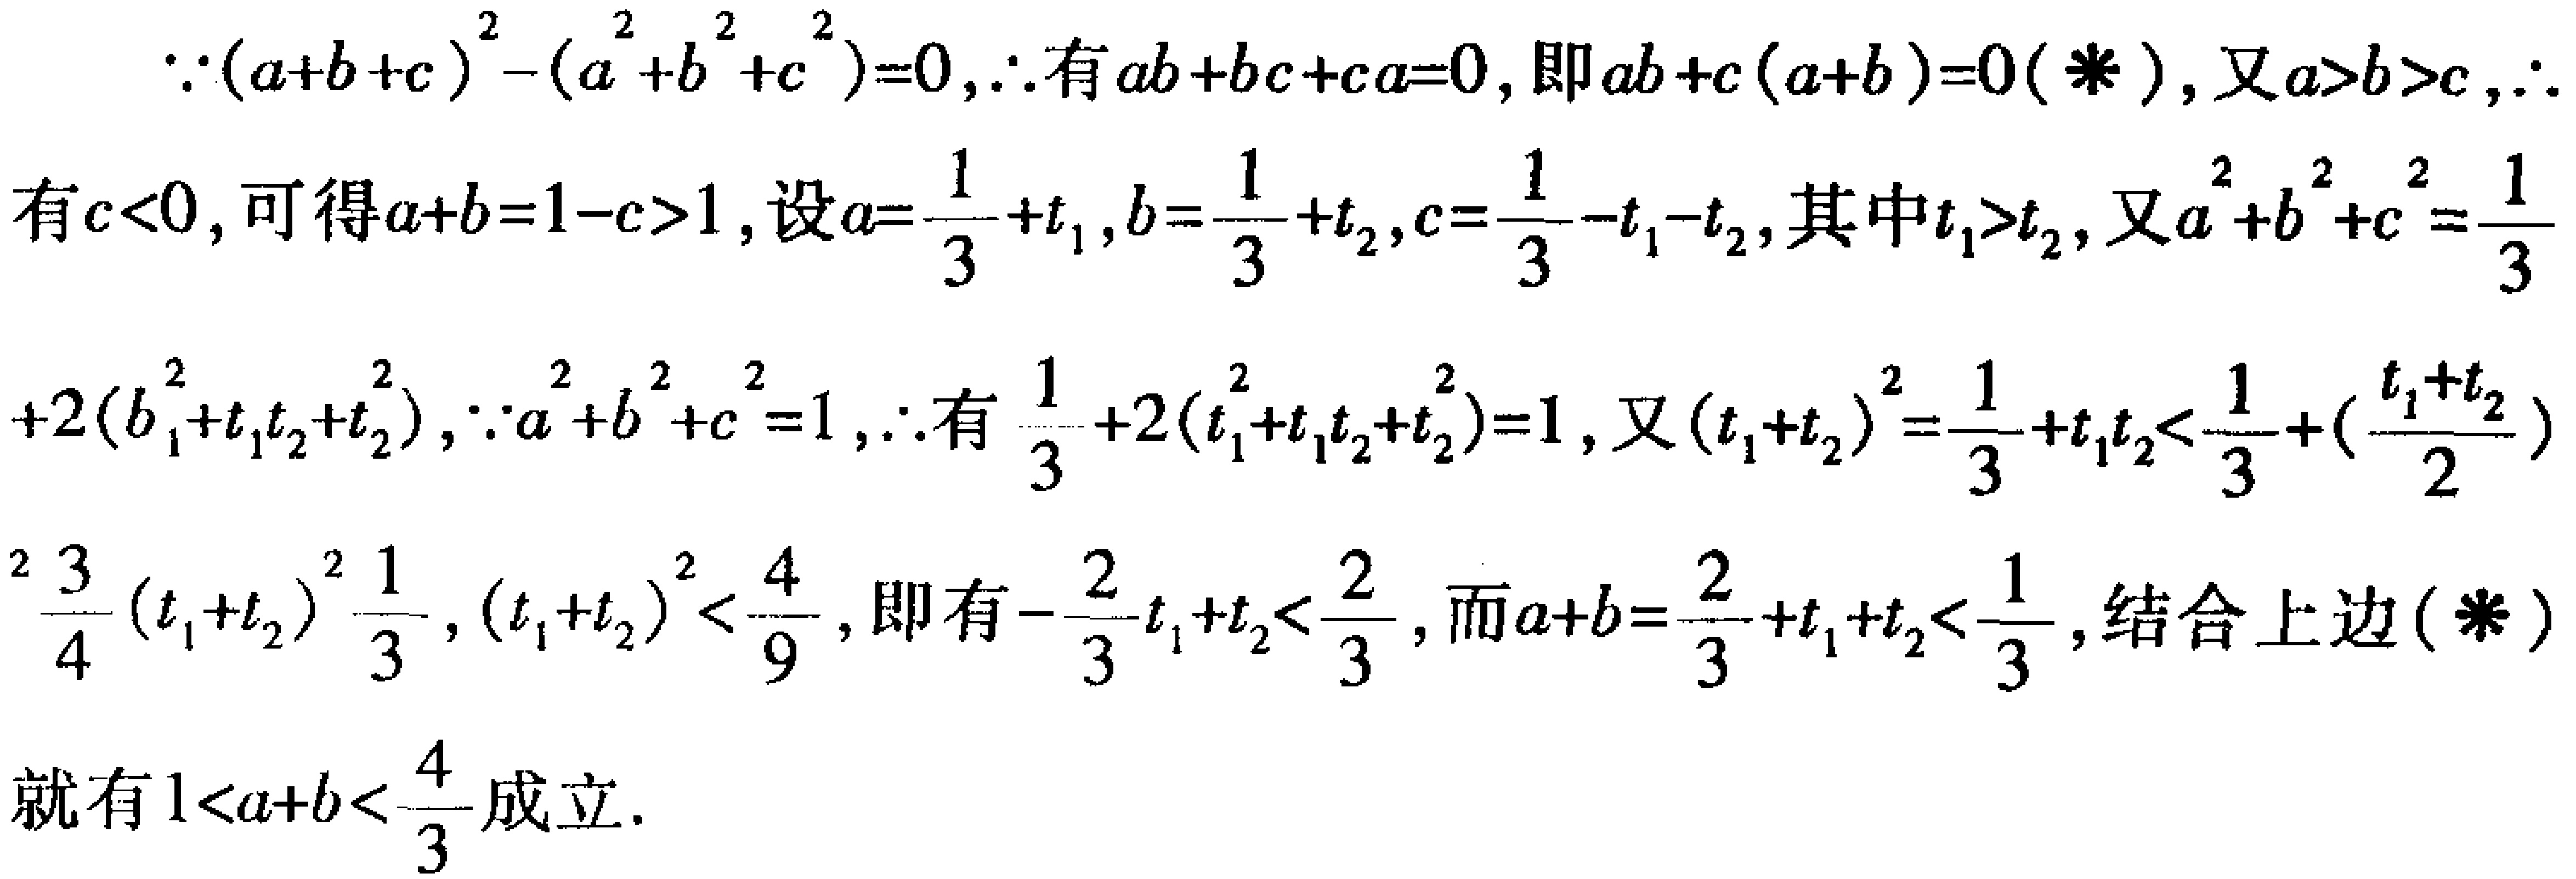
\(\because(a + b + c)^2-(a^2 + b^2 + c^2)=0,\therefore\)有\(ab + bc + ca = 0\)，即\(ab + c(a + b)=0(*)\)，又\(a>b>c,\therefore\)
有\(c<0\)，可得\(a + b = 1 - c>1\)，设\(a=\frac{1}{3}+t_1,b=\frac{1}{3}+t_2,c=\frac{1}{3}-t_1 - t_2\)，其中\(t_1>t_2\)，又\(a^2 + b^2 + c^2=\frac{1}{3}\)
\(+2(b_1^2+t_1t_2 + t_2^2),\because a^2 + b^2 + c^2 = 1,\therefore\)有\(\frac{1}{3}+2(t_1^2+t_1t_2 + t_2^2)=1\)，又\((t_1 + t_2)^2=\frac{1}{3}+t_1t_2<\frac{1}{3}+(\frac{t_1 + t_2}{2})^2\)
\(\frac{3}{4}(t_1 + t_2)^2<\frac{1}{3},(t_1 + t_2)^2<\frac{4}{9}\)，即有\(-\frac{2}{3}<t_1 + t_2<\frac{2}{3}\)，而\(a + b=\frac{2}{3}+t_1 + t_2<\frac{4}{3}\)，结合上边\((*)\)
就有\(1<a + b<\frac{4}{3}\)成立.